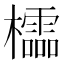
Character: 櫺